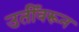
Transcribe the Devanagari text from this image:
उतीँवरून